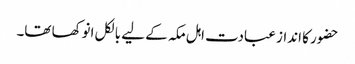
حضور کا انداز عبادت اہل مکہ کے لیے بالکل انوکھا تھا۔